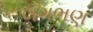
લગભણ